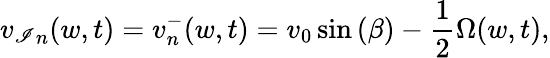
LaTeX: {v_{\mathscr{I}}}_{n}(w,t)={v}_{n}^{-}(w,t)=v_{0}\sin{(\beta)}-\frac{{1}}{{2}}\Omega(w,t),